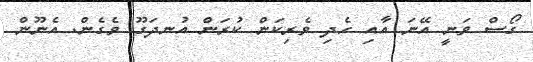
ގޯސް ވަނީ އޭނަ އާއި ހެދި ވެރިކަން ކުރަން އުނދަގޫ ވެގެން. އެނޫން